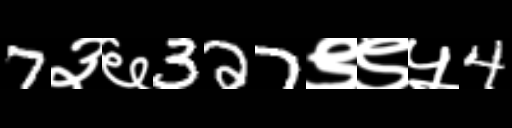
Text: 7३६327९९५4